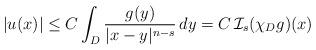
LaTeX: \begin{align*}\vert u(x)\vert &\le C\int_{D}\frac{g(y)}{\vert x-y\vert ^{n-s}}\,dy =C\,\mathcal{I}_{s}(\chi_D g)(x)\end{align*}